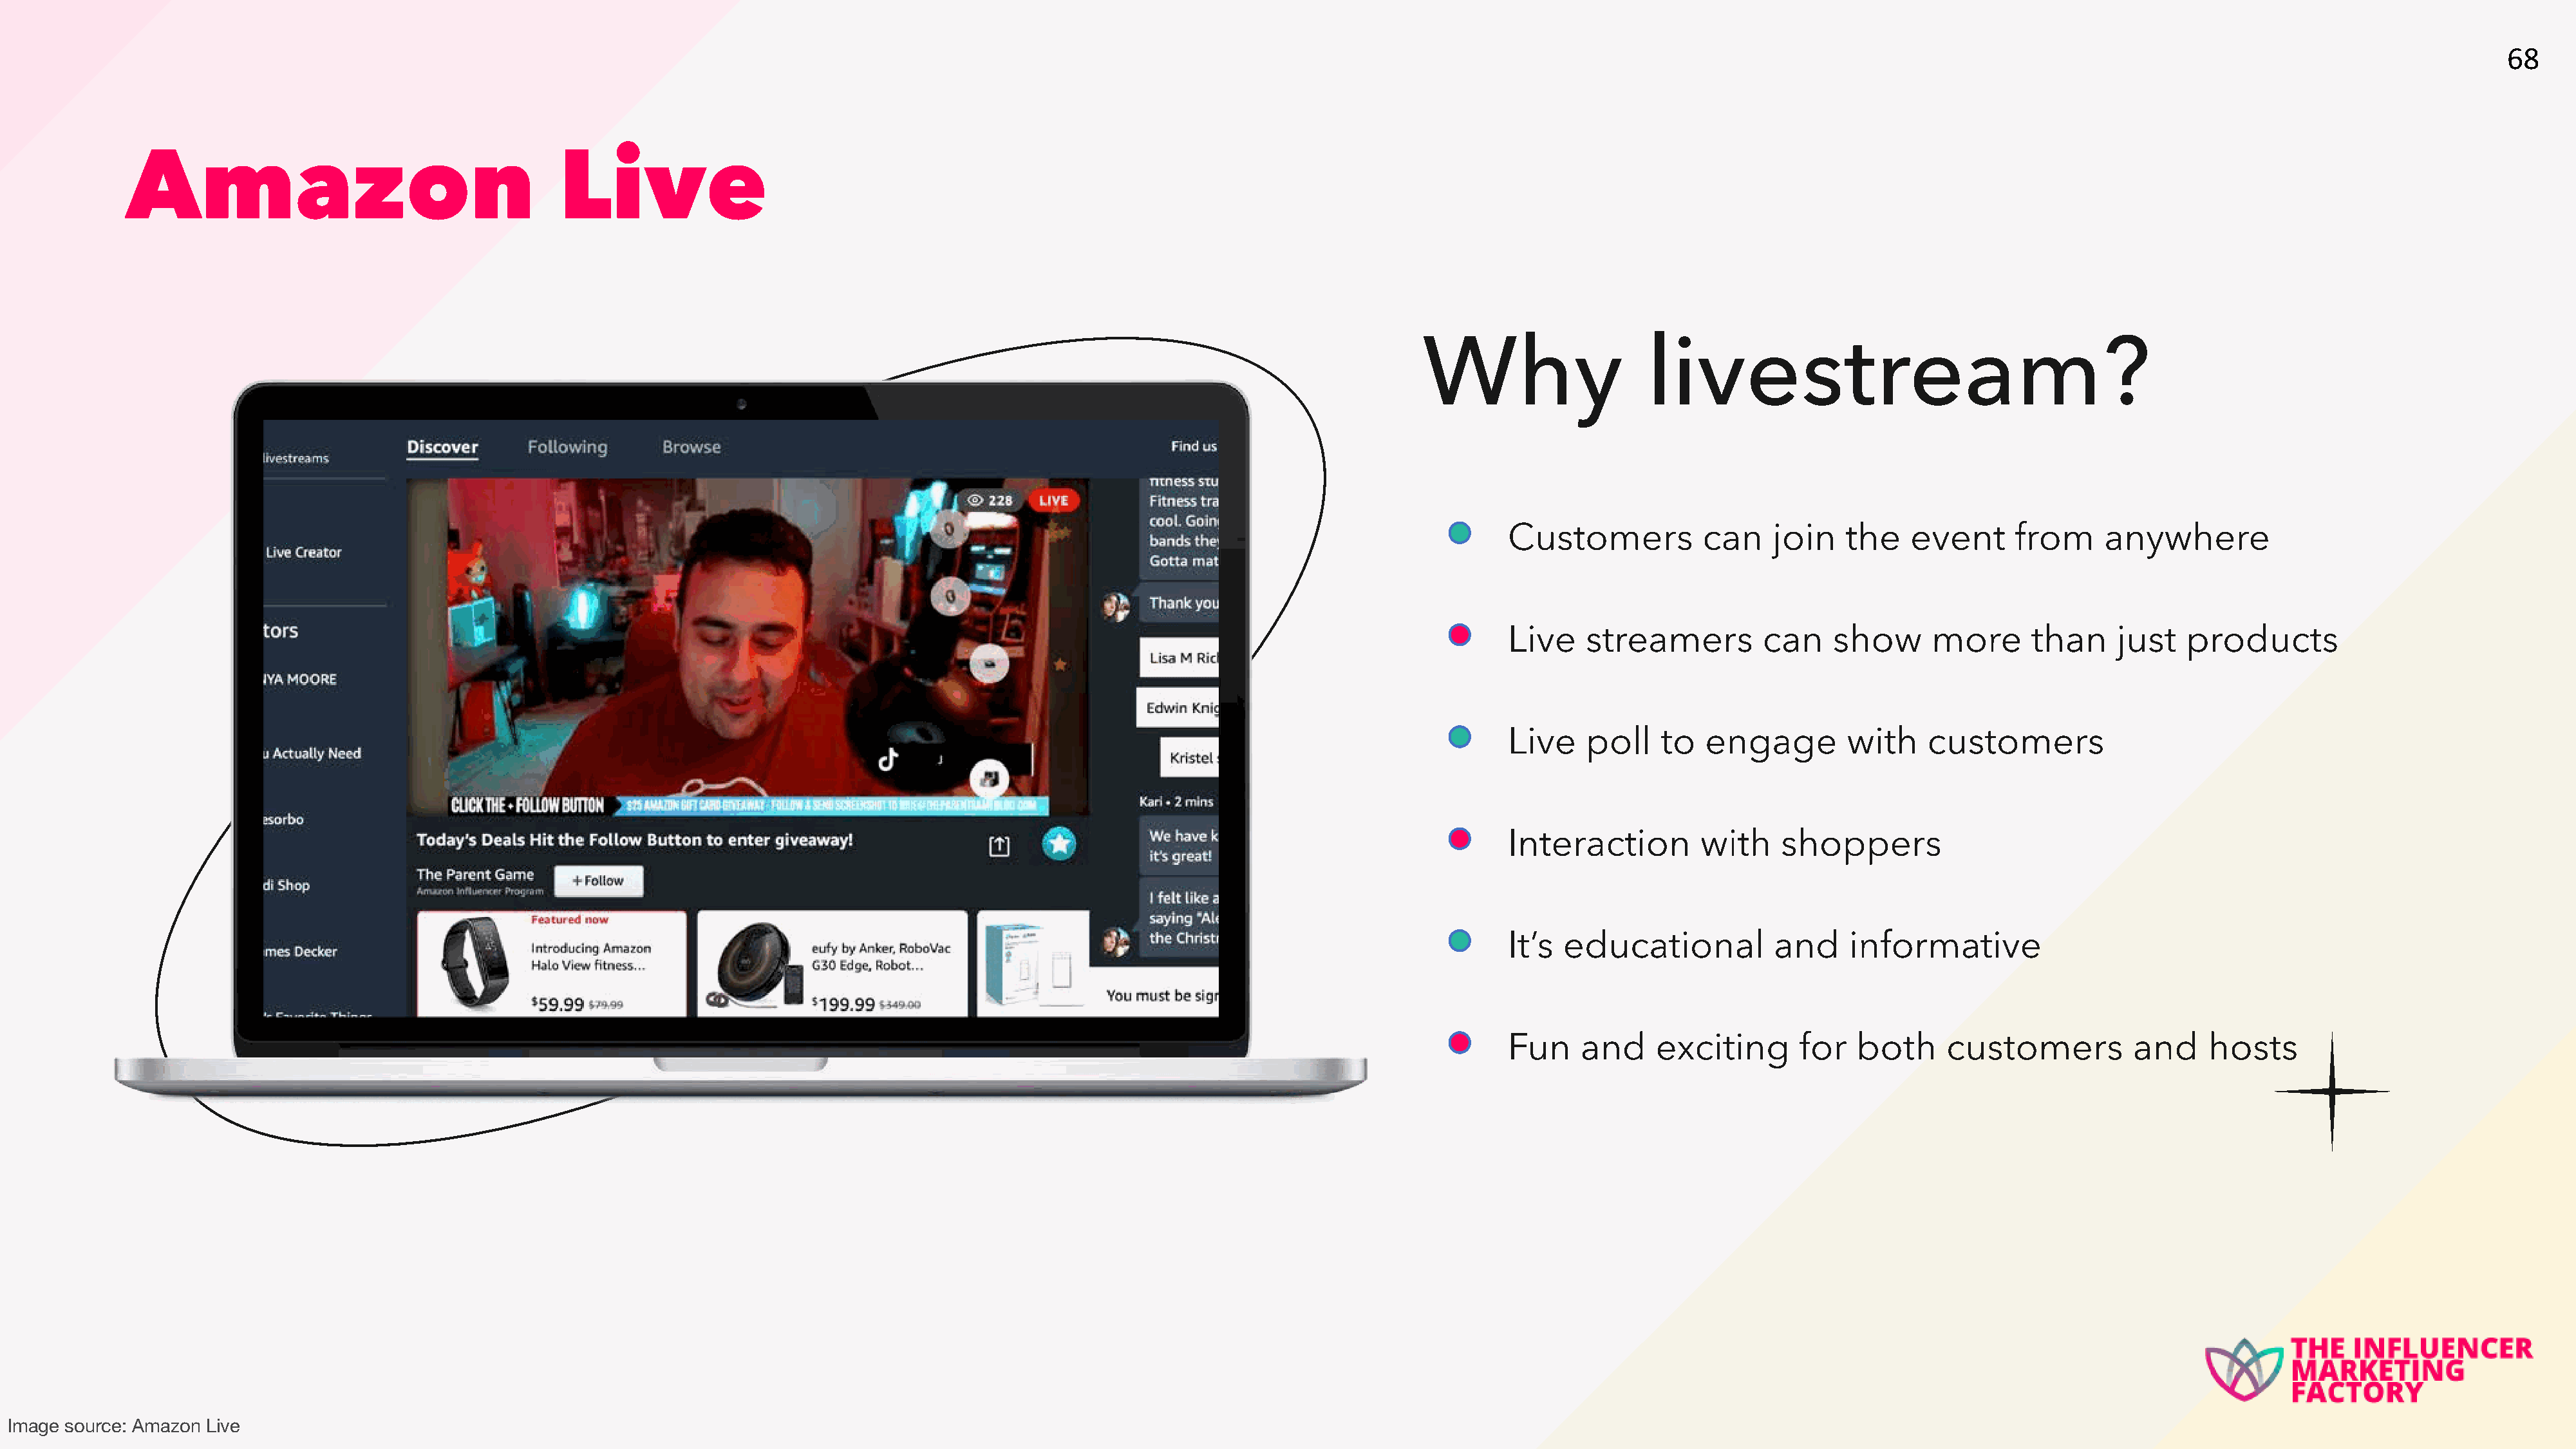
68
 Amazon                                      Live
 Why                    livestream?
 Customers           can    join    the   event      from     anywhere
 Live    streamers         can    show       more      than     just   products
 Live    poll    to  engage         with    customers
 Interaction         with    shoppers
 It’s  educational          and     informative
 Fun    and     exciting       for   both     customers          and     hosts
 Image source: Amazon Live